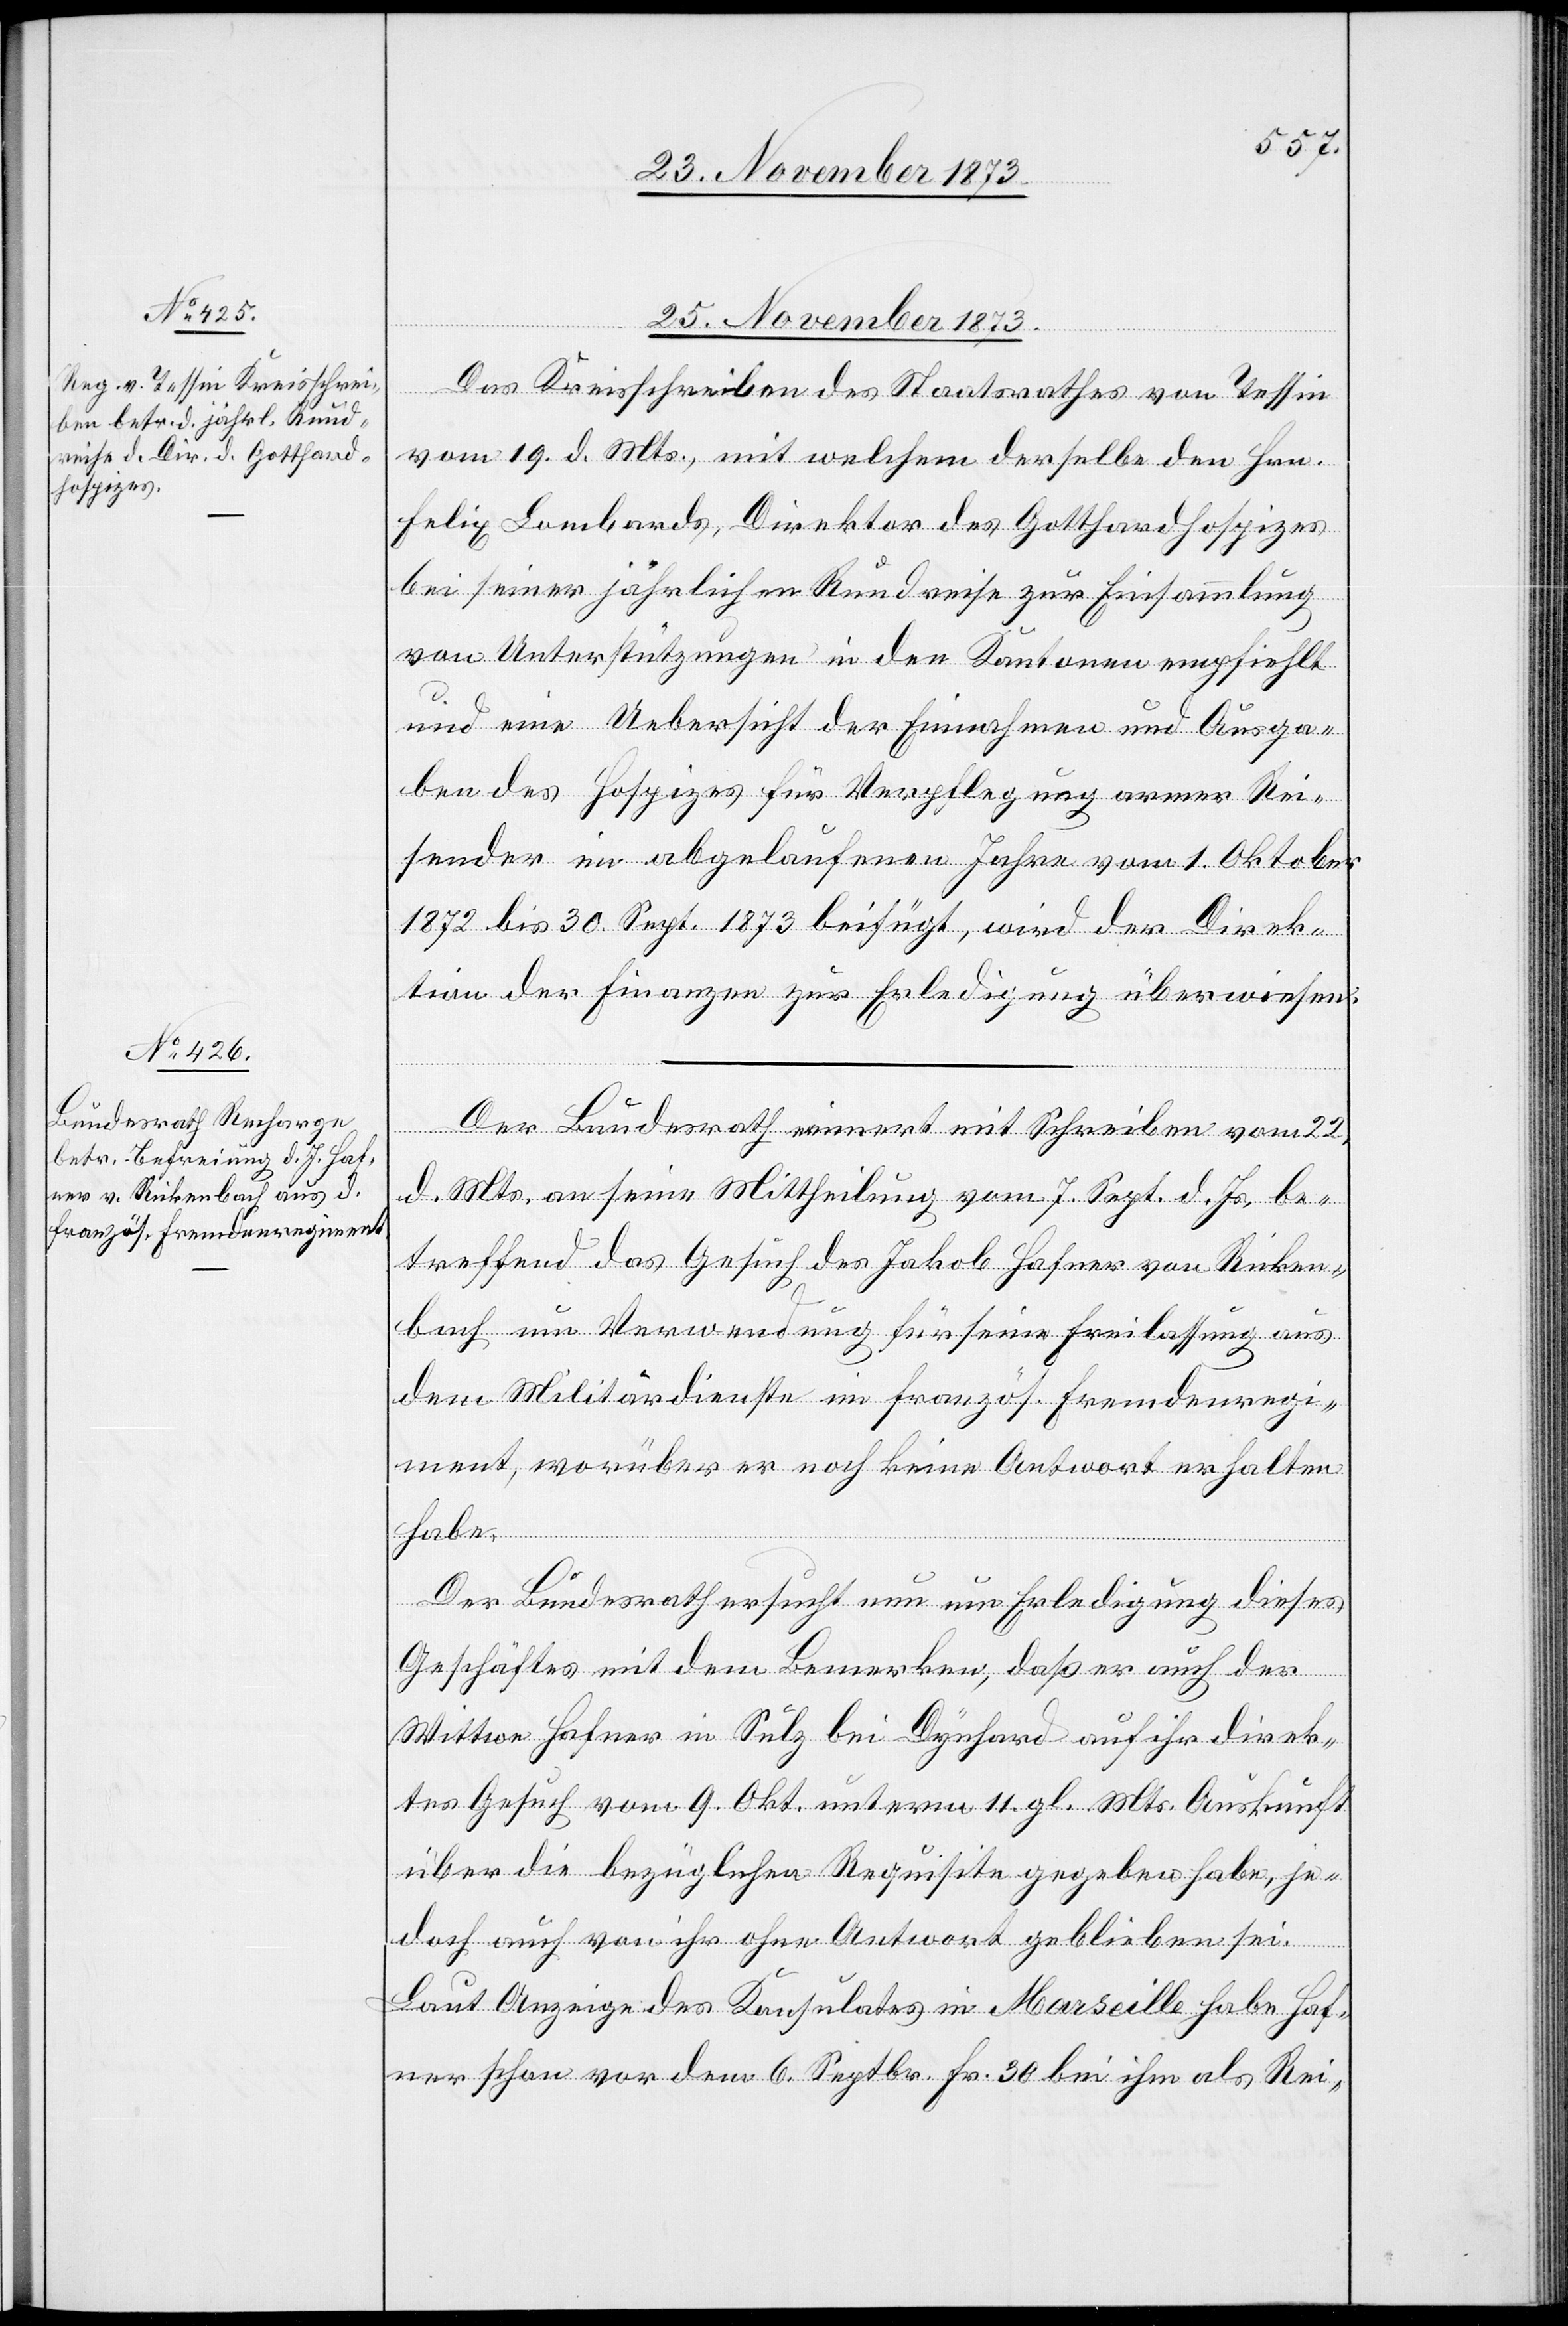
25. November 1873.]
Das Kreisschreiben des Staatsrathes von Tessin
vom 19. d. Mts., mit welchem derselbe den Hrn.
Felix Lombards, Direktor des Gotthardhospizes
bei seiner jährlichen Rundreise zur Einsammlung
von Unterstützungen in den Kantonen empfiehlt
und eine Uebersicht der Einnahmen und Ausga¬
ben des Hospizes für Verpflegung armer Rei¬
sender im abgelaufenen Jahre vom 1. Oktober
1872 bis 30. Sept. 1873 beifügt, wird der Direk¬
tion der Finanzen zur Erledigung überwiesen.
Der Bundesrath erinnert mit Schreiben vom 22.
d. Mts. an seine Mittheilung vom 7. Sept. d. Js. be¬
treffend das Gesuch des Jakob Hafner von Ricken¬
bach um Verwendung für seine Freilassung aus
dem Militärdienste im französ. Fremdenregi¬
ment, worüber er noch keine Antwort erhalten
habe.
Der Bundesrath ersucht nun um Erledigung dieses
Geschäftes mit dem Bemerken, daß er auch der
Wittwe Hafner in Sulz bei Dynhard auf ihr direk¬
tes Gesuch vom 9. Okt. unterm 11. gl. Mts. Auskunft
über die bezüglichen Requisite gegeben habe, je¬
doch auch von ihr ohne Antwort geblieben sei.
Laut Anzeige des Konsulates in Marseille habe Haf¬
ner schon vor dem 6. Septbr. Fr. 30 bei ihm als Rei-